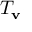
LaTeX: T _ { \mathbf { v } }